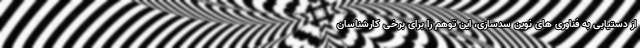
از دستیابی به فناوری های نوین سدسازی، این توهم را برای برخی کارشناسان